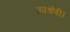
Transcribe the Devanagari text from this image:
उपश्रेणी।